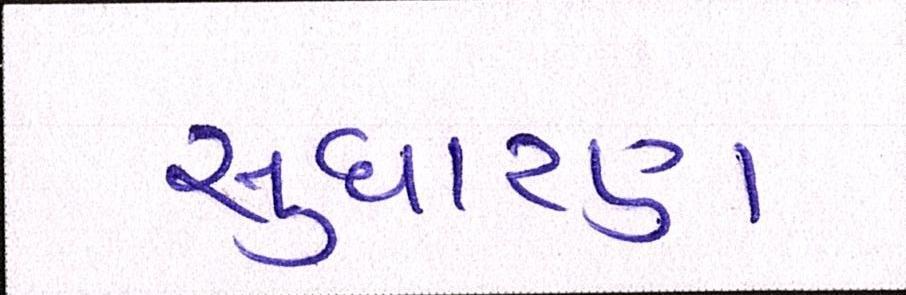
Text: સુધારણા